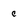
Character: c